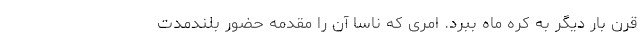
قرن بار دیگر به کره ماه ببرد. امری که ناسا آن را مقدمه حضور بلندمدت